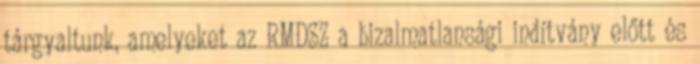
tárgyaltunk, amelyeket az RMDSZ a bizalmatlansági indítvány előtt és